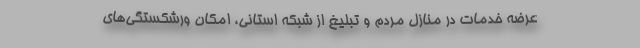
عرضه خدمات در منازل مردم و تبلیغ از شبکه استانی، امکان ورشکستگی‌های